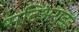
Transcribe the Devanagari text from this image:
स्टिअराइड